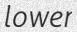
lower